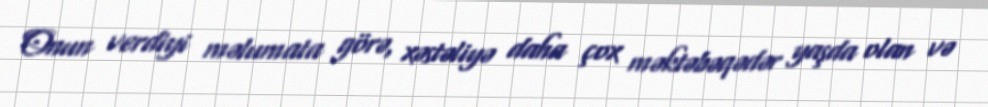
Onun verdiyi məlumata görə, xəstəliyə daha çox məktəbəqədər yaşda olan və